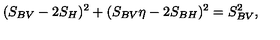
( S _ { B V } - 2 S _ { H } ) ^ { 2 } + ( S _ { B V } \eta - 2 S _ { B H } ) ^ { 2 } = S _ { B V } ^ { 2 } ,